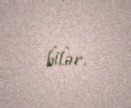
bilər.